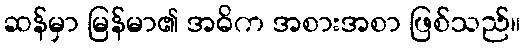
ဆန်မှာ မြန်မာ၏ အဓိက အစားအစာ ဖြစ်သည်။